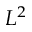
L ^ { 2 }